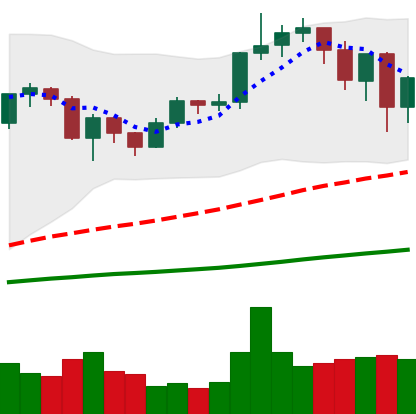
Ticker: ETH-USD
Chart end date: 2020-12-24
Forward return: 19.606%
Label: up_7plus